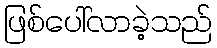
ဖြစ်ပေါ်လာခဲ့သည်